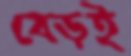
বেড়ই